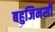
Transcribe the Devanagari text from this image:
बहुजिनसी